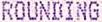
ROUNDING